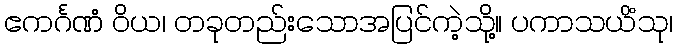
ဧကင်္ဂဏံ ဝိယ၊ တခုတည်းသောအပြင်ကဲ့သို့။ ပကာသယိံသု၊